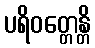
ပရိဝတ္တေန္တိ